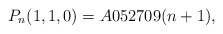
\begin{gather*}P_n(1,1,0)= A052709(n+1),\end{gather*}